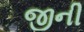
જીની